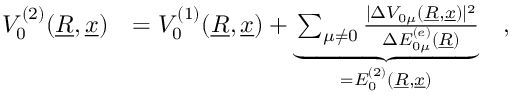
\begin{array} { r l } { V _ { 0 } ^ { ( 2 ) } ( \underline { { R } } , \underline { { x } } ) } & { = V _ { 0 } ^ { ( 1 ) } ( \underline { { R } } , \underline { { x } } ) + \underbrace { \sum _ { \mu \neq 0 } \frac { \vert \Delta V _ { 0 \mu } ( \underline { { R } } , \underline { { x } } ) \vert ^ { 2 } } { \Delta E _ { 0 \mu } ^ { ( e ) } ( \underline { { R } } ) } } _ { = E _ { 0 } ^ { ( 2 ) } ( \underline { { R } } , \underline { { x } } ) } \quad , } \end{array}